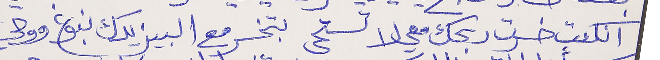
انكنت خسرت ربحك معي لا تستحي بتخسر مع البيزيدك نبوغ ووحي